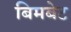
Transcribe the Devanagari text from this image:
बिमबेट